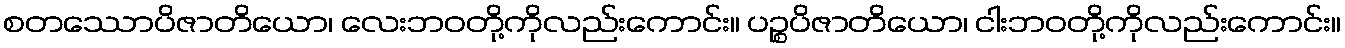
စတဿောပိဇာတိယော၊ လေးဘဝတို့ကိုလည်းကောင်း။ ပဉ္စပိဇာတိယော၊ ငါးဘဝတို့ကိုလည်းကောင်း။